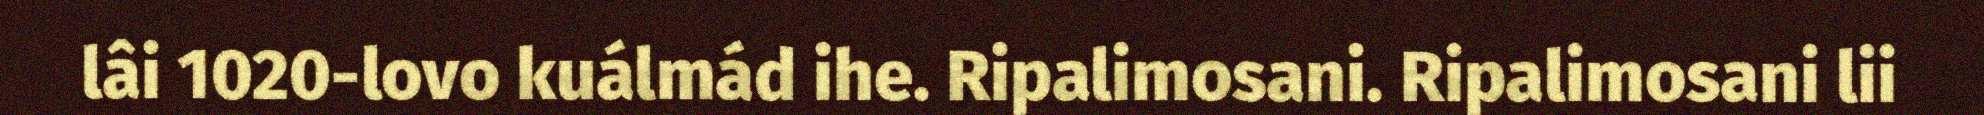
lâi 1020-lovo kuálmád ihe. Ripalimosani. Ripalimosani lii